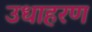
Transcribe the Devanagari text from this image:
उधाहरण